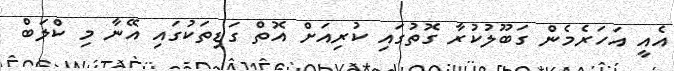
އެއީ އަހަރެމެން ގަބޫލުކުރާ ގޮތުގައި ކުރިއަށް އޮތް ގަޑިތަކުގައި އޭނާ މި ކްލަބް